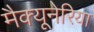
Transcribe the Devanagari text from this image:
मैक्यूनेरिया